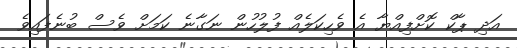
އަދި ޕާކް ކޮށްފިއްޔާ އެ ވެހިކަލެއް ފުލުހުން ނަގާނެ ކަމަށް ވެސް ބުނެފައިވެ